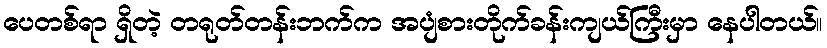
ပေတစ်ရာ ရှိတဲ့ တရုတ်တန်းဘက်က အပျံစားတိုက်ခန်းကျယ်ကြီးမှာ နေပါတယ်။